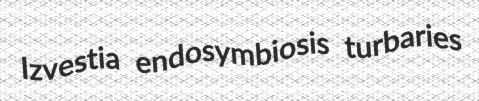
Izvestia endosymbiosis turbaries